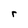
Character: r